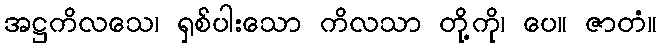
အဋ္ဌကိလသေ၊ ရှစ်ပါးသော ကိလသာ တို့ကို၊ ပေ။ ဇာတံ။